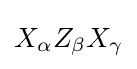
X_{\alpha }Z_{\beta }X_{\gamma }